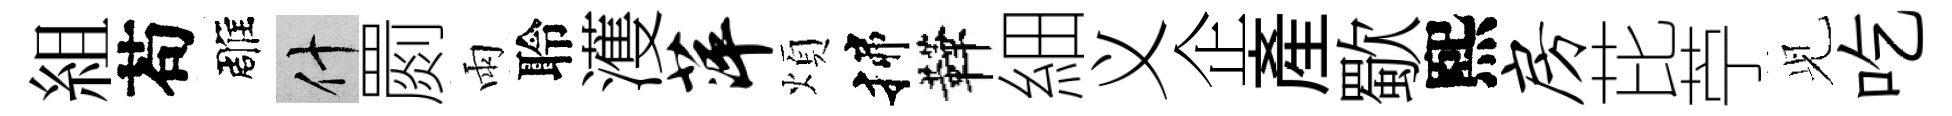
組苟雕什罽雨聆濩萍煩揲鞾細义企産歜熙房芘苧𫤗吃